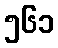
၅၆၁